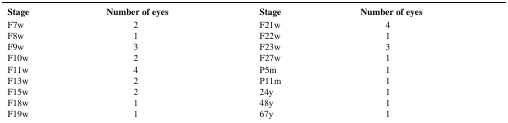
| Stage | Number of eyes | Stage | Number of eyes |
 | --- | --- | --- | --- |
 | F7w | 2 | F21w | 4 |
 | F8w | 1 | F22w | 1 |
 | F9w | 3 | F23w | 3 |
 | F10w | 2 | F27w | 1 |
 | F11w | 4 | P5m | 1 |
 | F13w | 2 | P11m | 1 |
 | F15w | 2 | 24y | 1 |
 | F18w | 1 | 48y | 1 |
 | F19w | 1 | 67y | 1 |